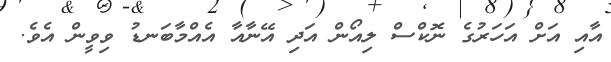
އާއި އަށް އަހަރުގެ ނޮކްސް ލިއޯން އަދި އޭނާއާ އެއްމާބަނޑު ވިވީން އެވެ.